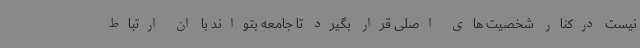
نیست درکنار شخصیت های اصلی قرار بگیرد تا جامعه بتواند با ان ارتباط